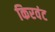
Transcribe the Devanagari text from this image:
किरवंट